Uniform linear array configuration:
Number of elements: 32
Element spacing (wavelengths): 0.75
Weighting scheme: hamming
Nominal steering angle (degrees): -30
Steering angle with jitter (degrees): -29.505
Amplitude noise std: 0.05
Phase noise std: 0.05

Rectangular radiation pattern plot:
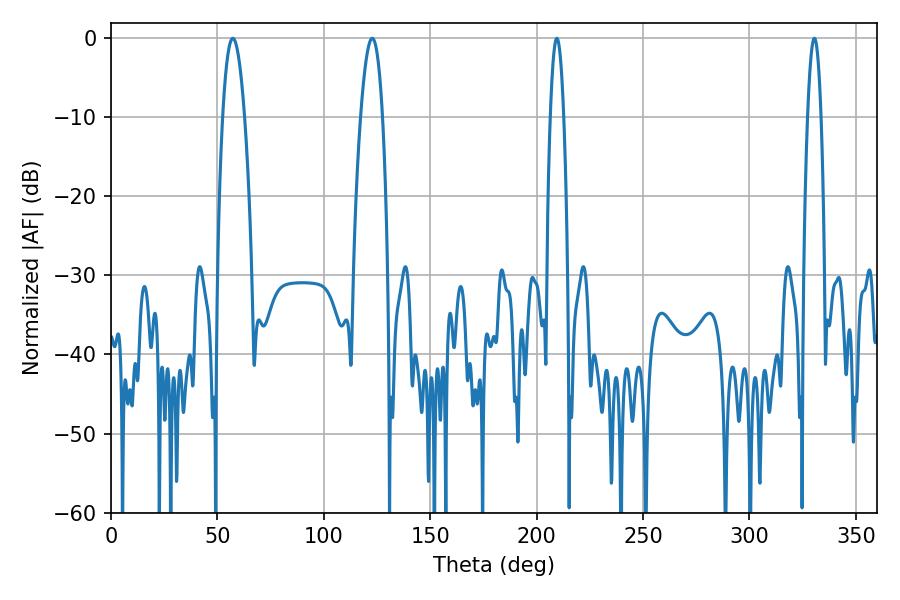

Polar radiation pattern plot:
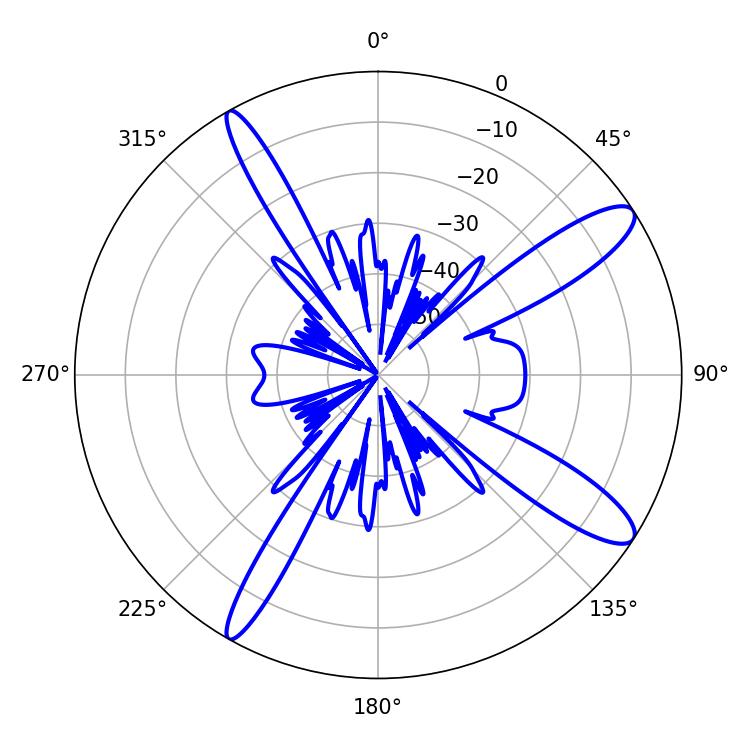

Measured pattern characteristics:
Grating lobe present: TRUE
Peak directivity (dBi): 12.397
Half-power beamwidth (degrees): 5.58
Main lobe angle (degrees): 57.24